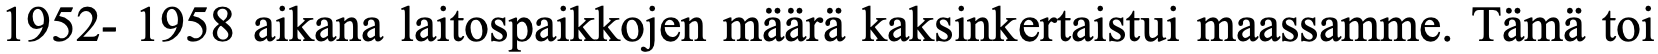
1952- 1958 aikana laitospaikkojen määrä kaksinkertaistui maassamme. Tämä toi